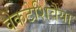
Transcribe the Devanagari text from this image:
वेंकटेशिवैया